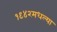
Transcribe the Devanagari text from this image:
१९४२मधल्या